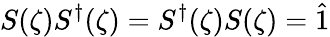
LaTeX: S(\zeta)S^{\dagger}(\zeta)=S^{\dagger}(\zeta)S(\zeta)={\hat{1}}